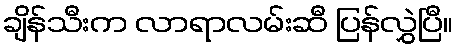
ချိန်သီးက လာရာလမ်းဆီ ပြန်လွှဲပြီ။